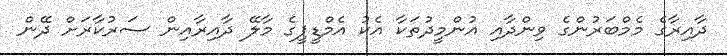
ދާއިރާގެ މެމްބަރުންގެ ވިންދާއި އުންމީދުތަކާ އެކު އެމްޑީޕީގެ މާލޭ ދާއިރާއިން ސަރުކާރަށް ދޭން